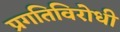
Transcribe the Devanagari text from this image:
प्रगतिविरोधी